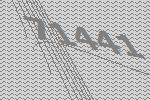
71441